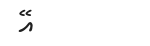
އޭ